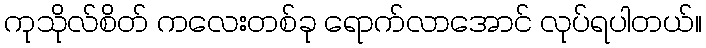
ကုသိုလ်စိတ် ကလေးတစ်ခု ရောက်လာအောင် လုပ်ရပါတယ်။